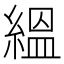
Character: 縕